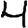
Digit: 4